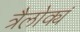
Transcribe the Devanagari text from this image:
त्रैलोक्यं